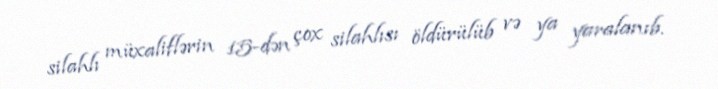
silahlı müxaliflərin 15-dən çox silahlısı öldürülüb və ya yaralanıb.